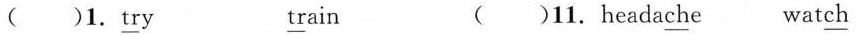
()1.\underline{tr}y \underline{tr}ain ()11.heada\underline{ch}e wat\underline{ch}